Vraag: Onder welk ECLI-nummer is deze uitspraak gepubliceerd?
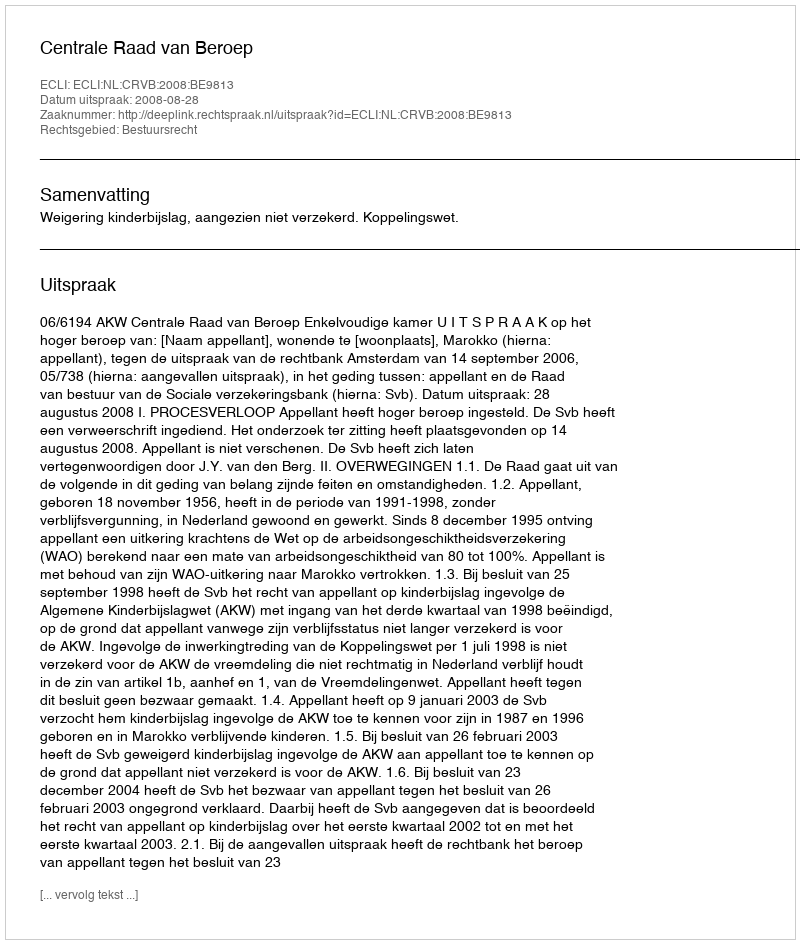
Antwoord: ECLI:NL:CRVB:2008:BE9813